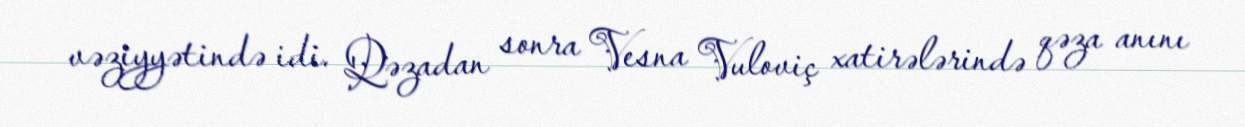
vəziyyətində idi. Qəzadan sonra Vesna Vuloviç xatirələrində qəza anını